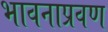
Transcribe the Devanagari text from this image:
भावनाप्रवण